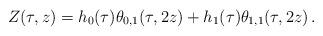
LaTeX: \begin{align*}Z(\tau,z)=h_0(\tau)\theta_{0,1}(\tau,2z) +h_1(\tau)\theta_{1,1}(\tau,2z)\,.\end{align*}